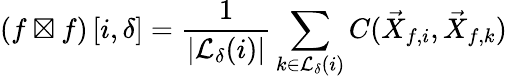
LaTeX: \left(f\boxtimes f\right)\left[i,\delta\right]=\frac{1}{|\mathcal{L}_{\delta}(i)|}\sum_{k\in\mathcal{L}_{\delta}(i)}C(\vec{X}_{f,i},\vec{X}_{f,k})